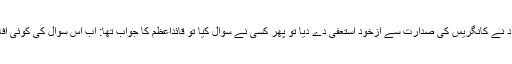
جب مولانا آزاد نے کانگریس کی صدارت سے ازخود استعفیٰ دے دیا تو پھر کسی نے سوال کیا تو قائداعظم کا جواب تھا: اب اس سوال کی کوئی افادیت نہیں ہے۔